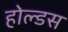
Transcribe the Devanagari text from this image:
होल्डस